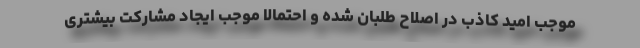
موجب امید کاذب در اصلاح طلبان شده و احتمالا موجب ایجاد مشارکت بیشتری